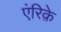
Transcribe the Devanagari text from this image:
एंरिक़े